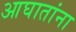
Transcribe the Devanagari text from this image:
आघातांना